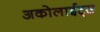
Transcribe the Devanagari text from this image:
अकोलाईट्स